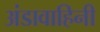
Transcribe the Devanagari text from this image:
अंडावाहिनी